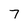
Character: 7